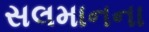
સલમાનના